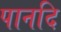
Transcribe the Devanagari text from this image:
पानदि